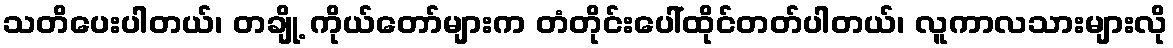
သတိပေးပါတယ်၊ တချို့ ကိုယ်တော်များက တံတိုင်းပေါ်ထိုင်တတ်ပါတယ်၊ လူကာလသားများလို